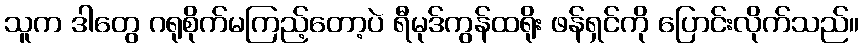
သူက ဒါတွေ ဂရုစိုက်မကြည့်တော့ပဲ ရီမုဒ်ကွန်ထရိုး ဖန်ရှင်ကို ပြောင်းလိုက်သည်။